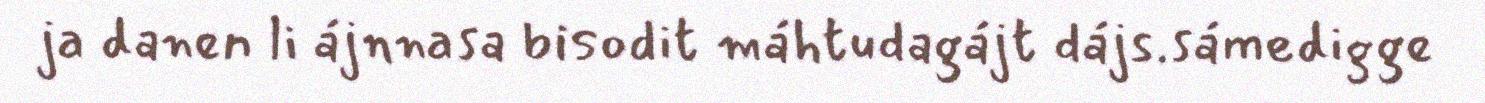
ja danen li ájnnasa bisodit máhtudagájt dájs.sámedigge